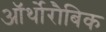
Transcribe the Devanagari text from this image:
ऑर्थोरौबिक